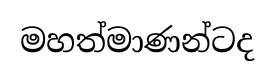
මහත්මාණන්ටද